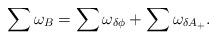
LaTeX: \begin{align*}\sum \omega_{B} = \sum\omega_{\delta \phi} +\sum\omega_{\delta A_+}.\end{align*}